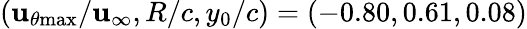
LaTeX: (\mathbf{u}_{\theta\mathrm{{{max}}}}/\mathbf{u}_{\infty},R/c,y_{0}/c)=(-0.80,0.61,0.08)